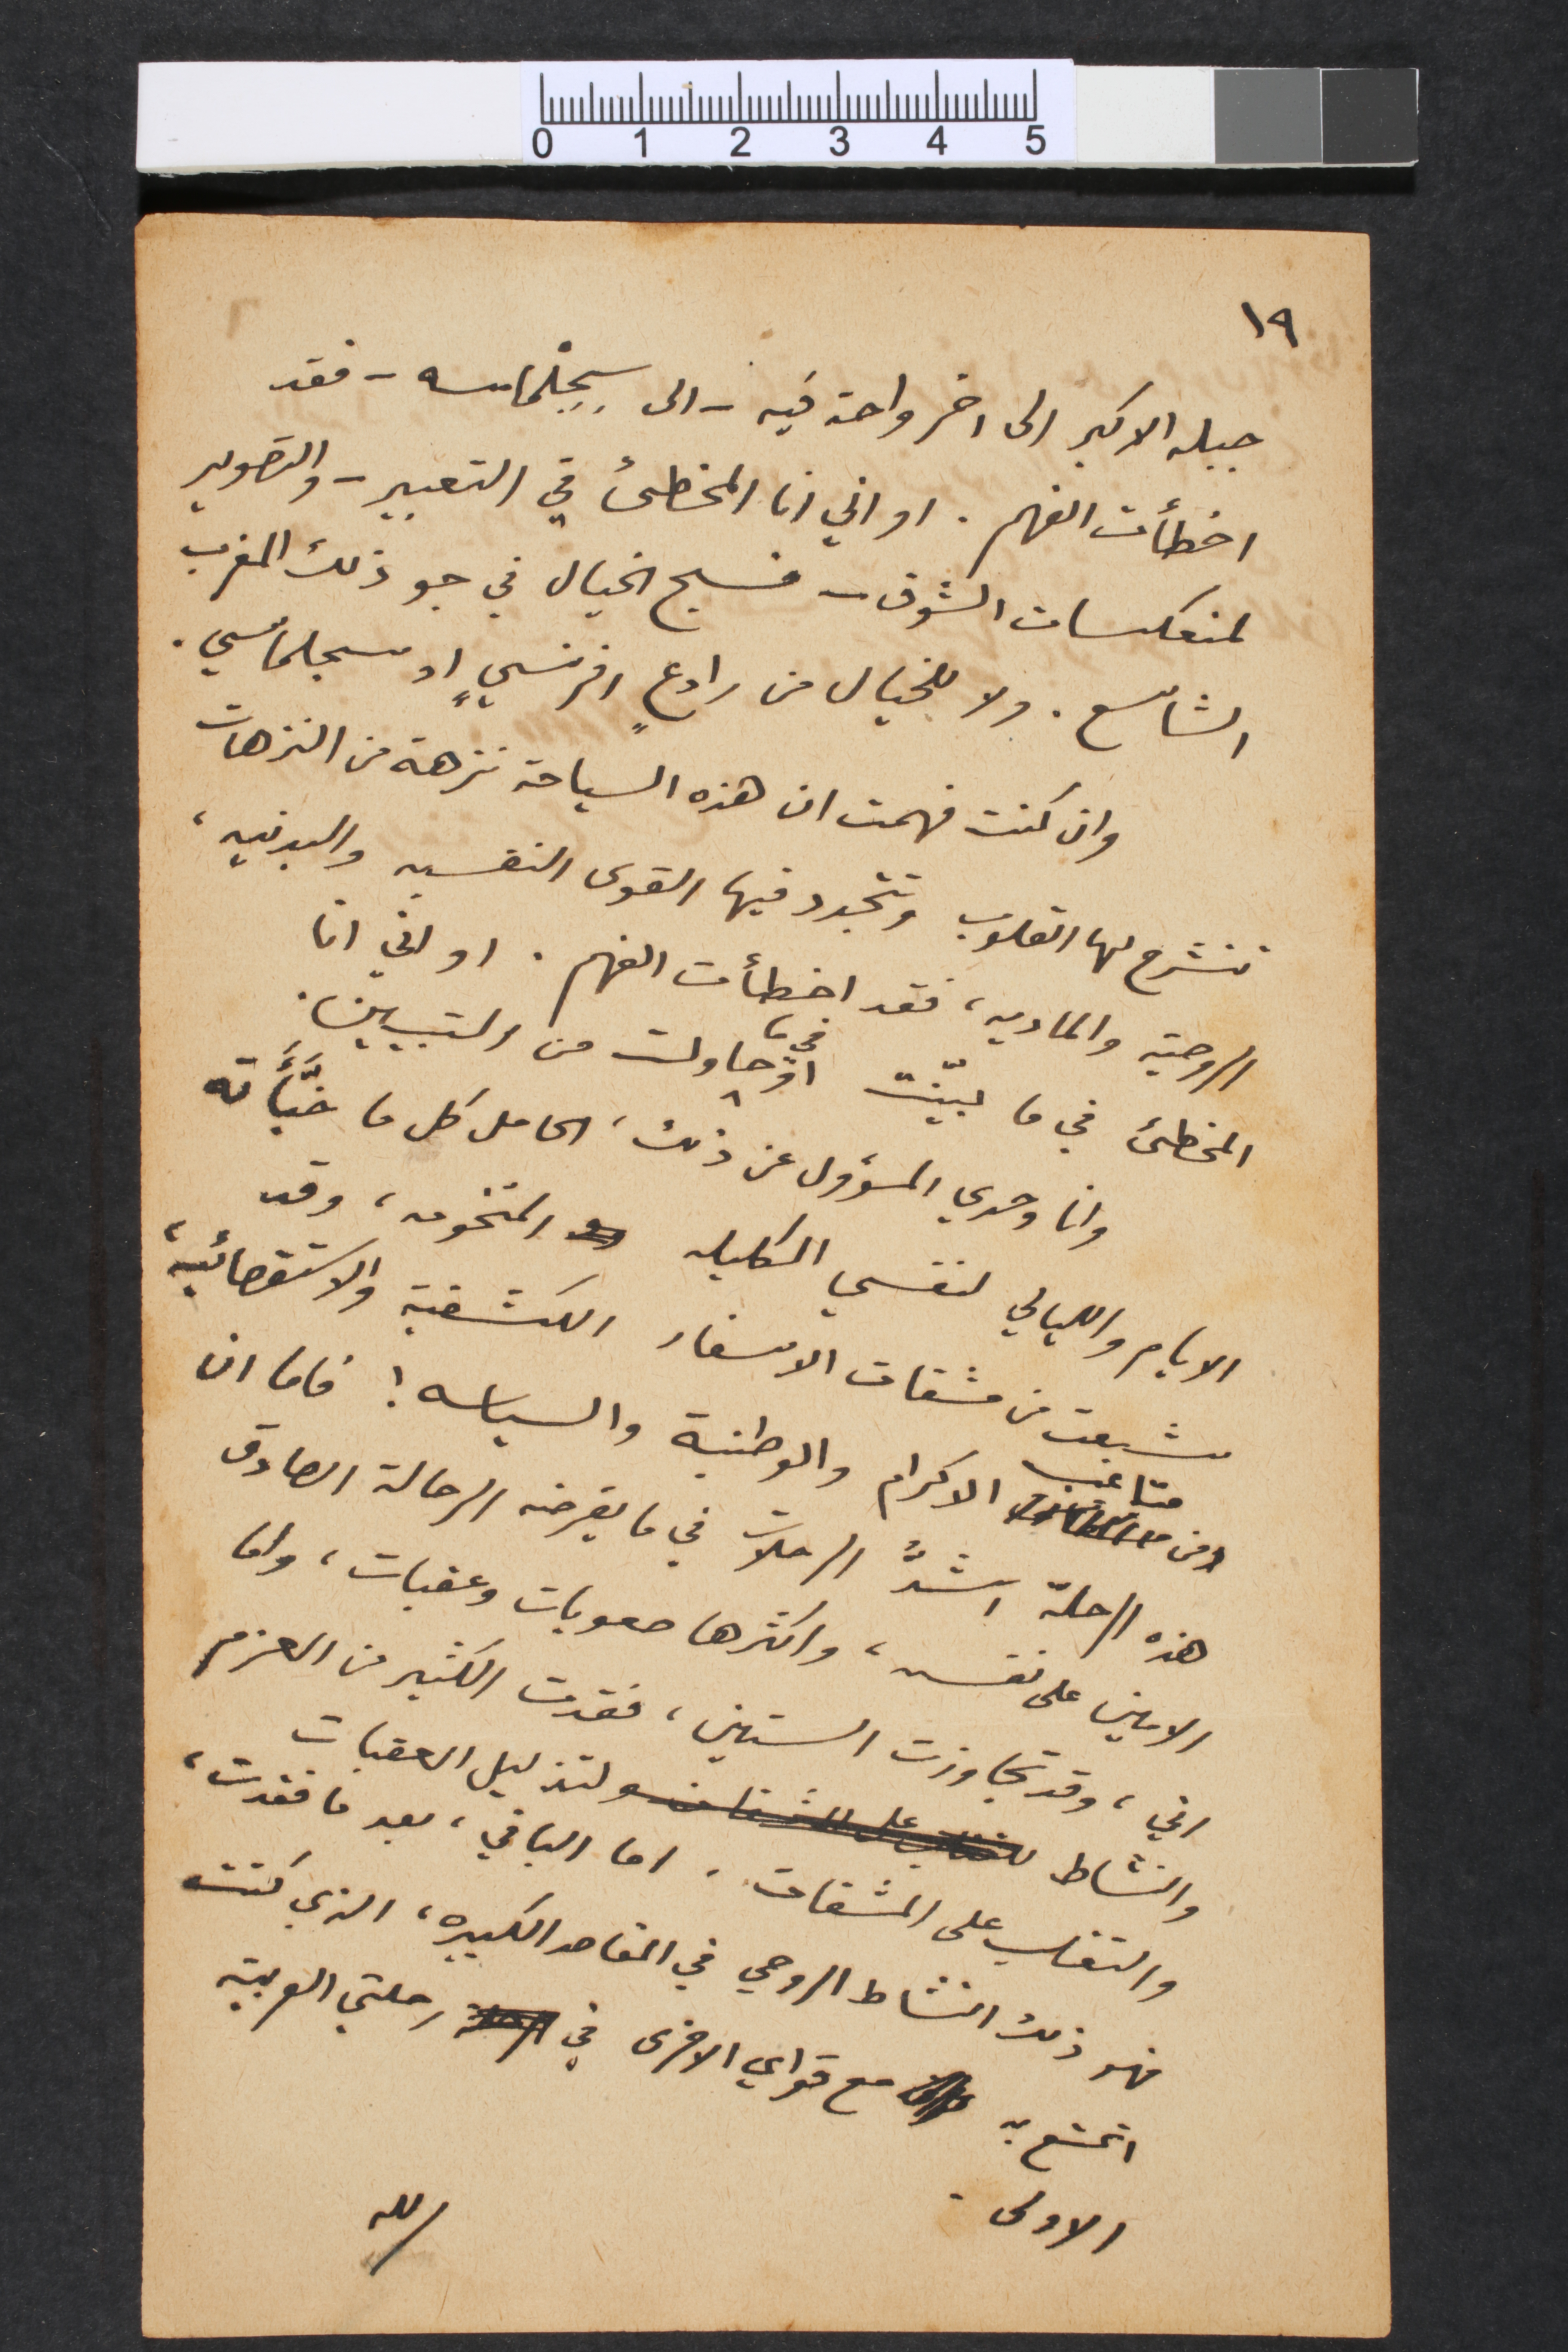
١٩
جبله الاكبر الى اخر واحة فيه – الى سِجِلْماسه – فقد
اخطأت الفهم. او اني انا المخطىء في التعبير – والتصوير
لمنعكسات الشوق – فسبح الخيال في جو ذلك المغرب
الشاسع. ولا للخيال من رادعٍ افرنسيٍ او سجلماسي.
وان كنت فهمت ان هذه السياحة نزهة من النزهات
تنشرح لها القلوب وتتجدد فيها القوى النفسيه والبدنيه،
الروحية والماديه، فقد اخطأت الفهم. او اني انا
المخطىء في ما بيّنت او في ما حاولت من التبيين.
وانا وحدي المسؤول عن ذلك، الحامل كل ما خبَّأَته
الايام والليالي لنفسي الكليله المتخومه، وقد
شبعت من مشقات الاسفار الكشفية والاستقصائية
ومن متاعب الاكرام والوطنية والسياسه! فاما ان
هذه الرحلة اشدُّ الرحلات في ما يَفرضه الرحالة الصادق
الامين على نفسه، واكثرها صعوبات وعقبات، واما
اني، وقد تجاوزت الستين، فقدت الكثير من العزم
والنشاط لتذليل العقبات
والتغلب على المشقات. اما الباقي، بعد ما فقدت،
فهو ذلك النشاط الروحي في المقاصد الكبيره، الذي كنت
اتمتع به مع قواي الاخرى في رحلتي العربية
الاولى.
لله